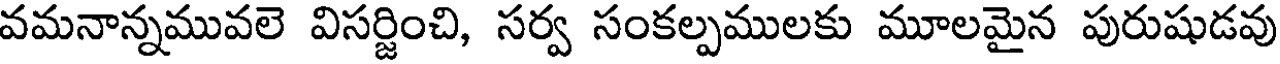
వమనాన్నమువలె విసర్జించి, సర్వ సంకల్పములకు మూలమైన పురుషుడవు